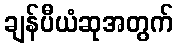
ချန်ပီယံဆုအတွက်